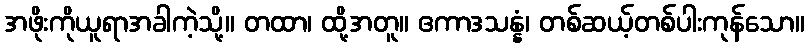
အဖိုးကိုယူရာအခါကဲ့သို့။ တထာ၊ ထို့အတူ။ ဧကာဒသန္နံ၊ တစ်ဆယ့်တစ်ပါးကုန်သော။